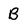
Character: B